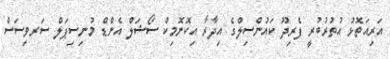
އަރިއަތޮޅު އުތުރުބުރީ ފެރިދޫ ކައުންސިލްގެ އިދާރާ އިކޮނޮމިކް ސޯޝަލް އެންޑް މުނިސިޕަލް ސަރވިސަސް